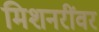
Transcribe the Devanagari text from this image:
मिशनरींवर